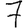
Digit: 7